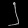
Digit: ၂